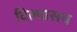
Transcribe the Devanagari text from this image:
दिल्यासच